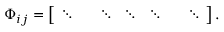
\boldsymbol { \Phi } _ { i j } = \left[ \begin{array} { l l l l l l l } { \ddots } & { } & { \ddots } & { \ddots } & { \ddots } & { } & { \ddots } \end{array} \right] .